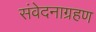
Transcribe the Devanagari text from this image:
संवेदनाग्रहण